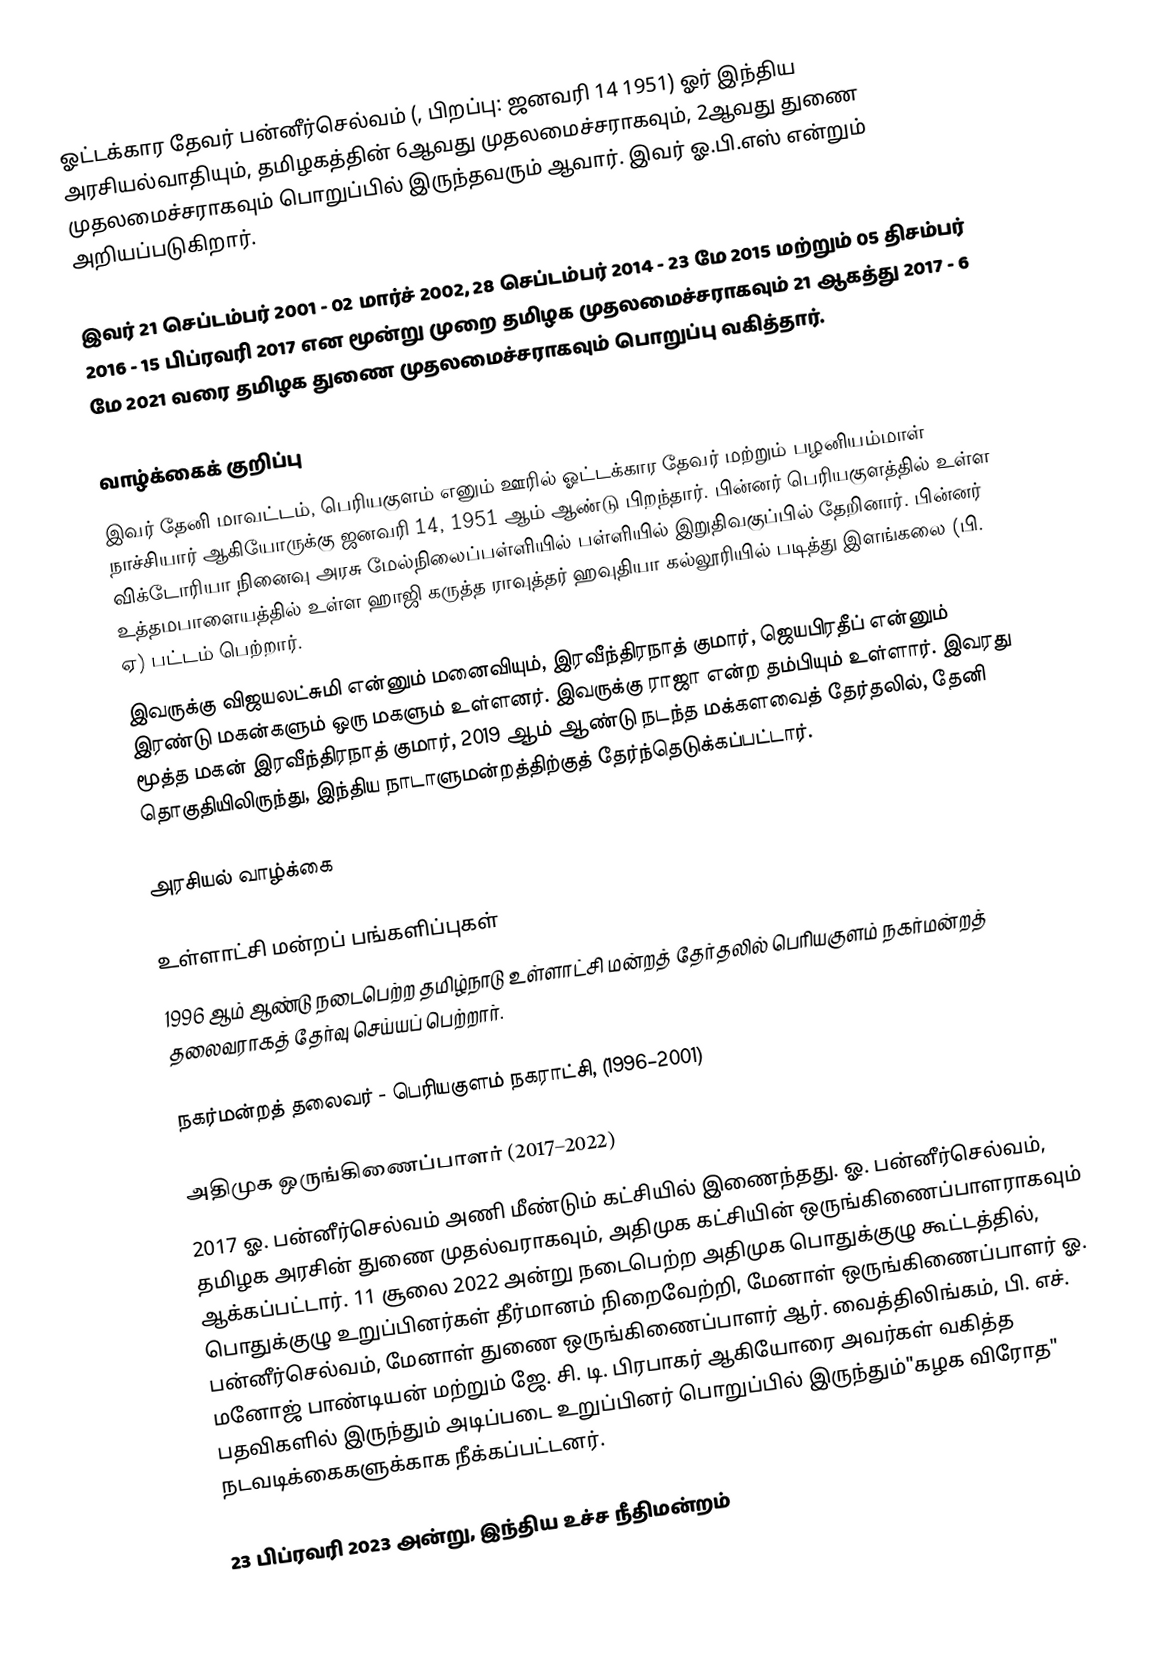
ஓட்டக்கார தேவர் பன்னீர்செல்வம் (, பிறப்பு: ஜனவரி 14 1951) ஓர் இந்திய அரசியல்வாதியும், தமிழகத்தின் 6ஆவது முதலமைச்சராகவும், 2ஆவது துணை முதலமைச்சராகவும் பொறுப்பில் இருந்தவரும் ஆவார். இவர் ஓ.பி.எஸ் என்றும் அறியப்படுகிறார்.

இவர் 21 செப்டம்பர் 2001 - 02 மார்ச் 2002, 28 செப்டம்பர் 2014 - 23 மே 2015 மற்றும் 05 திசம்பர் 2016 - 15 பிப்ரவரி 2017 என மூன்று முறை தமிழக முதலமைச்சராகவும் 21 ஆகத்து 2017 - 6 மே 2021 வரை தமிழக துணை முதலமைச்சராகவும் பொறுப்பு வகித்தார்.

வாழ்க்கைக் குறிப்பு
இவர் தேனி மாவட்டம், பெரியகுளம் எனும் ஊரில் ஓட்டக்கார தேவர் மற்றும் பழனியம்மாள் நாச்சியார் ஆகியோருக்கு ஜனவரி 14, 1951 ஆம் ஆண்டு பிறந்தார். பின்னர் பெரியகுளத்தில் உள்ள விக்டோரியா நினைவு அரசு மேல்நிலைப்பள்ளியில் பள்ளியில் இறுதிவகுப்பில் தேறினார். பின்னர் உத்தமபாளையத்தில் உள்ள ஹாஜி கருத்த ராவுத்தர் ஹவுதியா கல்லூரியில் படித்து இளங்கலை (பி. ஏ) பட்டம் பெற்றார்.
இவருக்கு விஜயலட்சுமி என்னும் மனைவியும், இரவீந்திரநாத் குமார், ஜெயபிரதீப் என்னும் இரண்டு மகன்களும் ஒரு மகளும் உள்ளனர். இவருக்கு ராஜா என்ற தம்பியும் உள்ளார். இவரது மூத்த மகன் இரவீந்திரநாத் குமார்,  2019 ஆம் ஆண்டு நடந்த மக்களவைத் தேர்தலில், தேனி தொகுதியிலிருந்து, இந்திய நாடாளுமன்றத்திற்குத் தேர்ந்தெடுக்கப்பட்டார்.

அரசியல் வாழ்க்கை

உள்ளாட்சி மன்றப் பங்களிப்புகள்
1996 ஆம் ஆண்டு நடைபெற்ற தமிழ்நாடு உள்ளாட்சி மன்றத் தேர்தலில் பெரியகுளம் நகர்மன்றத் தலைவராகத் தேர்வு செய்யப் பெற்றார்.

  நகர்மன்றத் தலைவர் - பெரியகுளம் நகராட்சி, (1996–2001)

அதிமுக ஒருங்கிணைப்பாளர் (2017–2022)
2017 ஓ. பன்னீர்செல்வம் அணி மீண்டும் கட்சியில் இணைந்தது. ஓ. பன்னீர்செல்வம், தமிழக அரசின் துணை முதல்வராகவும், அதிமுக கட்சியின் ஒருங்கிணைப்பாளராகவும் ஆக்கப்பட்டார். 11 சூலை 2022 அன்று நடைபெற்ற அதிமுக பொதுக்குழு கூட்டத்தில், பொதுக்குழு உறுப்பினர்கள் தீர்மானம் நிறைவேற்றி, மேனாள் ஒருங்கிணைப்பாளர் ஓ. பன்னீர்செல்வம், மேனாள் துணை ஒருங்கிணைப்பாளர் ஆர். வைத்திலிங்கம், பி. எச். மனோஜ் பாண்டியன் மற்றும் ஜே. சி. டி. பிரபாகர் ஆகியோரை அவர்கள் வகித்த பதவிகளில் இருந்தும் அடிப்படை உறுப்பினர் பொறுப்பில் இருந்தும்"கழக விரோத" நடவடிக்கைகளுக்காக நீக்கப்பட்டனர்.

23 பிப்ரவரி 2023 அன்று, இந்திய உச்ச நீதிமன்றம்